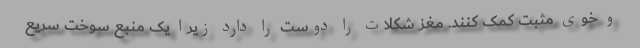
و خوی مثبت کمک کنند. مغز شکلات را دوست را دارد زیرا یک منبع سوخت سریع